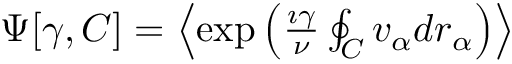
\begin{array} { r } { \Psi [ \gamma , C ] = \left\langle \exp \left( \frac { \imath \gamma } { \nu } \oint _ { C } v _ { \alpha } d r _ { \alpha } \right) \right\rangle } \end{array}